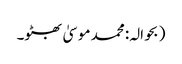
(بحوالہ: محمد موسیٰ بھٹو۔